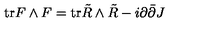
\mathrm { t r } F \wedge F = \mathrm { t r } \tilde { R } \wedge \tilde { R } - i \partial \bar { \partial } J \,